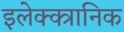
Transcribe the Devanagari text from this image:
इलेक्क्त्रानिक